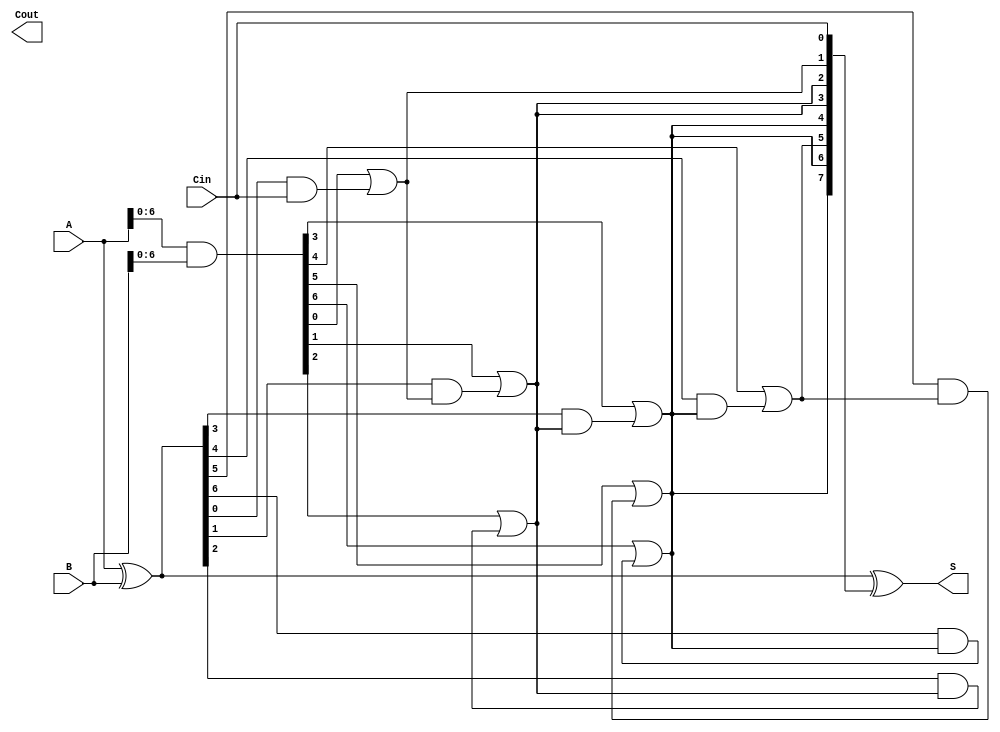
module brent_kung_adder #(parameter n = 8) (
    input  [n-1:0] A,     // First operand
    input  [n-1:0] B,     // Second operand
    input          Cin,    // Carry-in
    output [n-1:0] S,     // Sum output
    output         Cout    // Carry-out
);

    // Generate and Propagate signals
    wire [n-1:0] G; // Generate signals
    wire [n-1:0] P; // Propagate signals
    wire [n:0] C;   // Carry signals (C[0] is Cin)

    // Generate and Propagate calculations
    assign G = A & B;          // Generate
    assign P = A ^ B;          // Propagate
    assign C[0] = Cin;         // Initial carry-in

    // Prefix computation (Brent-Kung tree)
    genvar i, j;
    generate
        // Level 1
        for (i = 1; i < n; i = i + 1) begin : level1
            assign C[i] = G[i-1] | (P[i-1] & C[i-1]);
        end

        // Additional levels if needed (for larger n)
        for (j = 2; j <= $clog2(n); j = j + 1) begin : levels
            for (i = (1 << j) - 1; i < n; i = i + (1 << j)) begin
                assign C[i] = G[i - (1 << (j-1))] | (P[i - (1 << (j-1))] & C[i - (1 << (j-1))]);
            end
        end
    endgenerate

    // Sum computation
    assign S = P ^ C[n-1:0]; // Sum bits
    assign Cout = C[n];      // Final carry-out

endmodule